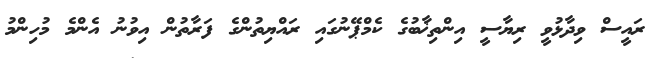
ރައީސް ވިދާޅުވީ ރިޔާސީ އިންތިޚާބުގެ ކެމްޕޭނުގައި ރައްޔިތުންގެ ފަރާތުން އިވުނު އެންމެ މުހިންމު